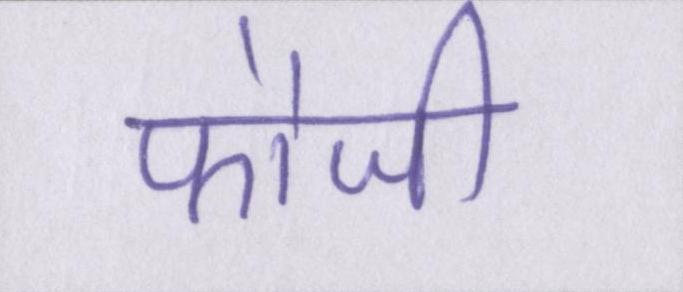
फौजी